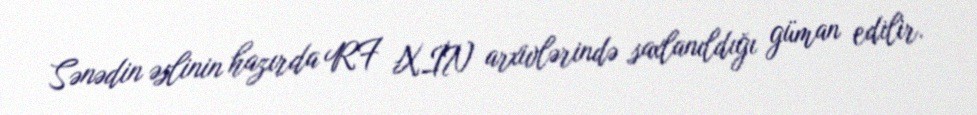
Sənədin əslinin hazırda RF XİN arxivlərində saxlanıldığı güman edilir.